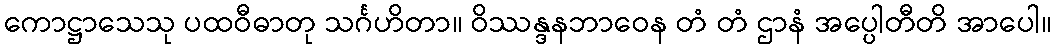
ကောဋ္ဌာသေသု ပထဝီဓာတု သင်္ဂဟိတာ။ ဝိဿန္ဒနဘာဝေန တံ တံ ဌာနံ အပ္ပေါတီတိ အာပေါ။